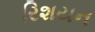
રિશયન